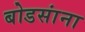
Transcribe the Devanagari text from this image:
बोडसांना